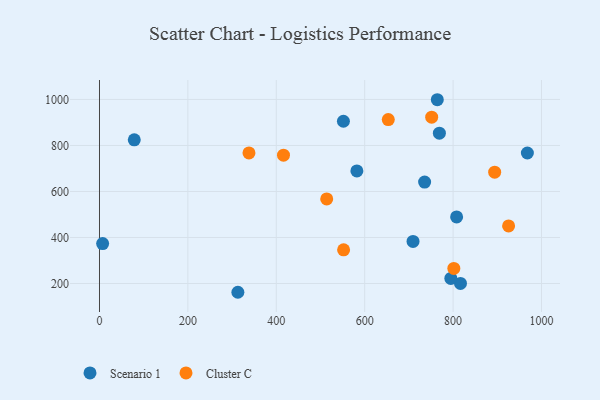
{"axis": {"x": "Price", "y": "Sales"}, "legend": ["Cluster C", "Scenario 1"], "data": [{"x": "709.4", "y": 382.9, "type": "Scenario 1"}, {"x": "7.1", "y": 373.7, "type": "Scenario 1"}, {"x": "816.7", "y": 200.3, "type": "Scenario 1"}, {"x": "764.3", "y": 998.8, "type": "Scenario 1"}, {"x": "735.6", "y": 640.7, "type": "Scenario 1"}, {"x": "551.9", "y": 905.3, "type": "Scenario 1"}, {"x": "968.1", "y": 767.3, "type": "Scenario 1"}, {"x": "582.3", "y": 689.5, "type": "Scenario 1"}, {"x": "808.0", "y": 489.2, "type": "Scenario 1"}, {"x": "78.7", "y": 824.4, "type": "Scenario 1"}, {"x": "794.9", "y": 221.9, "type": "Scenario 1"}, {"x": "769.0", "y": 853.5, "type": "Scenario 1"}, {"x": "313.1", "y": 161.8, "type": "Scenario 1"}, {"x": "801.7", "y": 265.3, "type": "Cluster C"}, {"x": "751.6", "y": 923.1, "type": "Cluster C"}, {"x": "338.2", "y": 767.5, "type": "Cluster C"}, {"x": "653.4", "y": 912.4, "type": "Cluster C"}, {"x": "514.1", "y": 567.6, "type": "Cluster C"}, {"x": "416.3", "y": 757.8, "type": "Cluster C"}, {"x": "925.6", "y": 450.2, "type": "Cluster C"}, {"x": "894.1", "y": 683.8, "type": "Cluster C"}, {"x": "552.3", "y": 346.2, "type": "Cluster C"}]}